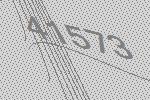
41573